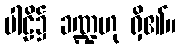
ပါဠိ၌ ခဏ္ဍဟု ရှိ၏။